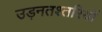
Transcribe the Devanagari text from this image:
उड़नतश्तरियों